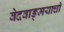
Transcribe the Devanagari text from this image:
वेदवाङ्मयाची